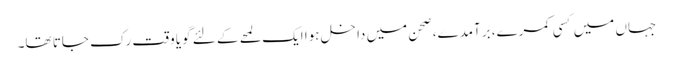
جہاں میں کسی کمرے، برآمدے، صحن میں داخل ہوا ایک لمحے کے لئے گویا وقت رک جاتا تھا۔